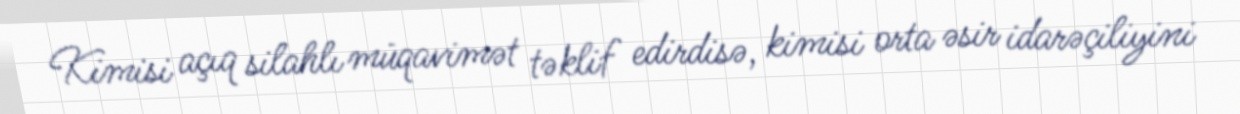
Kimisi açıq silahlı müqavimət təklif edirdisə, kimisi orta əsir idarəçiliyini